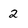
Character: 2